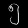
Digit: ၅